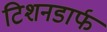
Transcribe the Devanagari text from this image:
टिशनडार्फ